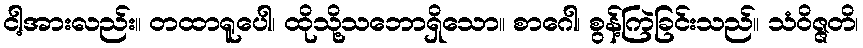
ငါ့အားလည်း။ တထာရူပေါ၊ ထိုသို့သဘောရှိသော။ စာဂေါ၊ စွန့်ကြဲခြင်းသည်။ သံဝိဇ္ဇတိ၊